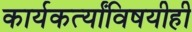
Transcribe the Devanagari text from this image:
कार्यकर्त्यांविषयीही